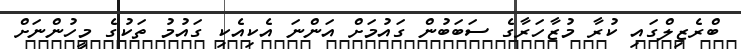
ބްރެޒިލްގައި ކުރާ މުޒާހަރާގެ ސަބަބުން ގައުމަށް އަންނަ އެކިއެކި ގައުމު ތަކުގެ މީހުންނަށް